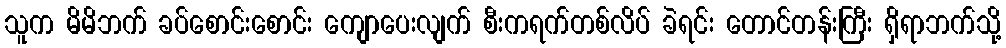
သူက မိမိဘက် ခပ်စောင်းစောင်း ကျောပေးလျက် စီးကရက်တစ်လိပ် ခဲရင်း တောင်တန်းကြီး ရှိရာဘက်သို့